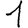
Digit: 1